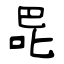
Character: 巼